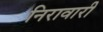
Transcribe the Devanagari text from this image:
निरावारी